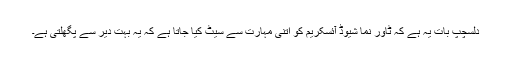
دلسچپ بات یہ ہے کہ ٹاور نما شیوڈ آئسکریم کو اتنی مہارت سے سیٹ کیا جاتا ہے کہ یہ بہت دیر سے پگھلتی ہے۔